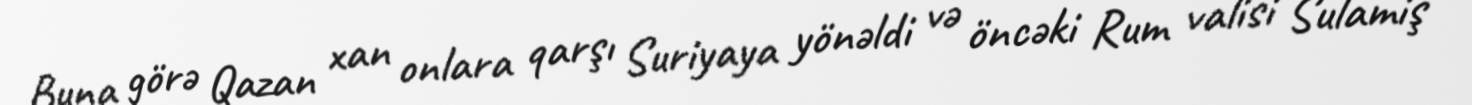
Buna görə Qazan xan onlara qarşı Suriyaya yönəldi və öncəki Rum valisi Sulamiş